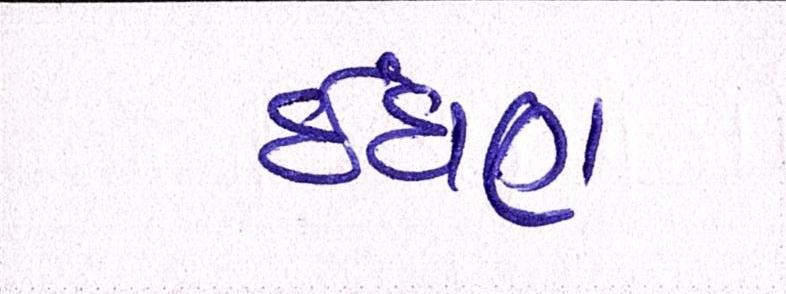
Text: ઈંધણ